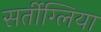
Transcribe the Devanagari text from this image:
सर्तीग्लिया